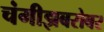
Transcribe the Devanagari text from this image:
चंगीझबरोबर